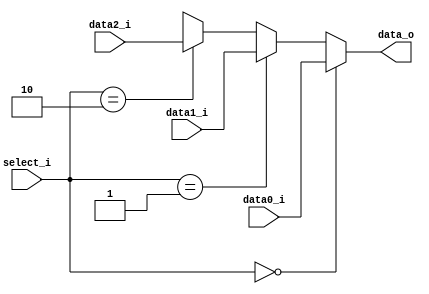
module Mux3to1( data0_i, data1_i, data2_i, select_i, data_o );

parameter size = 16;			   
			
//I/O ports               
input wire	[size-1:0] data0_i;          
input wire	[size-1:0] data1_i;
input wire	[size-1:0] data2_i;
input wire	[2-1:0] select_i;
output wire	[size-1:0] data_o; 

//Main function
assign data_o = ( select_i == 2'b00 ) ? data0_i :
                ( select_i == 2'b01 ) ? data1_i :
                ( select_i == 2'b10 ) ? data2_i :
                16'bxxxxxxxxxxxxxxxx;

endmodule